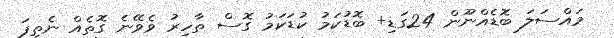
މައްސަލަ ބޮޑެއްނޫން 24ގަޑި+ ބޮޑުކަމު ކުޑަކަމު ގޮސް ތާހިރު ވެވޭނެ ގޮތެއް ނެތިފަ